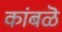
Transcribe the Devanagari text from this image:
कांबळॆ